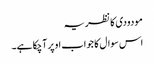
مودودی کا نظریہ
اس سوال کا جواب اوپر آچکا ہے۔